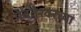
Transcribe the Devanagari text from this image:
येवतेश्वरच्या